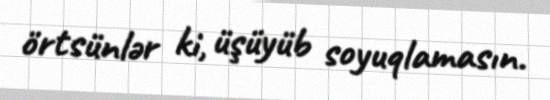
örtsünlər ki, üşüyüb soyuqlamasın.